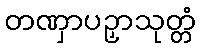
တဏှာပဉှာသုတ္တံ